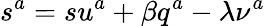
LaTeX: s^{a}=su^{a}+\beta q^{a}-\lambda\nu^{a}